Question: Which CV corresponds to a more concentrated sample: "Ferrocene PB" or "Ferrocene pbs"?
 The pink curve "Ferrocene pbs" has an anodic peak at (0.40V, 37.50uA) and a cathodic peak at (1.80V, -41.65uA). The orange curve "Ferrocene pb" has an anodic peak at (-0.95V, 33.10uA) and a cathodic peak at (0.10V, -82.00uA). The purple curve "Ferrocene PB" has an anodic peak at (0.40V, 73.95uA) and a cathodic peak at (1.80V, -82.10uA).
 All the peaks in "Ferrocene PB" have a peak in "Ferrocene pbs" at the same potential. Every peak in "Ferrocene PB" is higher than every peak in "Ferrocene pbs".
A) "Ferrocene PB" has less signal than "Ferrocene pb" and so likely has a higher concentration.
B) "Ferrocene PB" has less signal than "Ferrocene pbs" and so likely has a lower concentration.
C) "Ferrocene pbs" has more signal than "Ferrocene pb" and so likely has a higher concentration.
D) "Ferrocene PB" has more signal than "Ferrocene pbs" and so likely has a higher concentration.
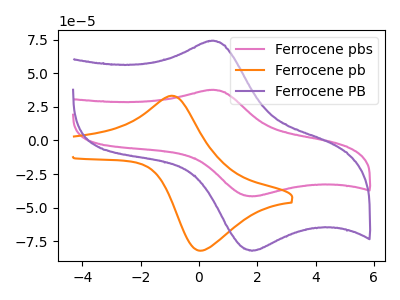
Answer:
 <answer>D) "Ferrocene PB" has more signal than "Ferrocene pbs" and so likely has a higher concentration.</answer>
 <eval>D</eval>